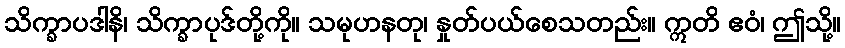
သိက္ခာပဒါနိ၊ သိက္ခာပုဒ်တို့ကို။ သမုဟနတု၊ နှုတ်ပယ်စေသတည်း။ ဣတိ ဧဝံ၊ ဤသို့။